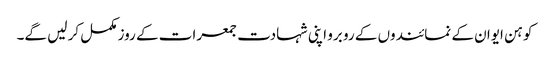
کوہن ایوان کے نمائندوں کے رو برو اپنی شہادت جمعرات کے روز مکمل کر لیں گے۔